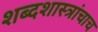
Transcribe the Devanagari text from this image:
शब्दशास्त्रांचाच